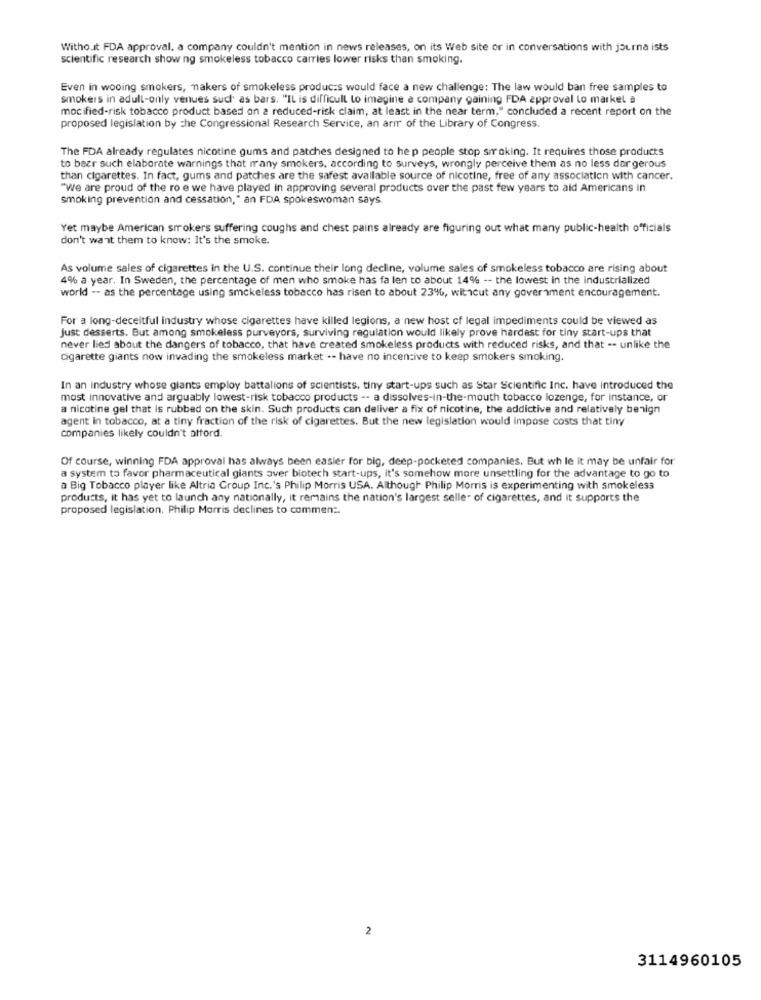
Without FDA approval. a company couldn't mention in news releases, on its Web site or in conversations with journa ists
scientific research show ng smokeless tobacco carries lower risks than smoking.
Even in wooing smokers, makers of smokeless products would face a new challenge: The law would ban free samples to
smokers in adull-only venues such as bars. "IL is difficult to imagine a company gaining FDA approval Lo market a
mocified-risk tobacco product based on a reduced-risk claim, at least in the near term." concluded a recent report on the
proposed legislation by che Congressional Research Service, an arir of the Library of Congress.
The FDA already regulates nicotine gums and patches designed to he p people stop smoking. It requires those products
to beer such elaborate warnings that many smokers, according to surveys, wrongly perceive them as no less dar gerous
than cigarettes. In fact, gums and patches are the safest available source of nicotine, free of any association with cancer.
"We are proud of the ro e we have played in approving several products over the past few years to aid Americans in
smoking prevention and cessation," an FDA spokeswoman says.
Yet maybe American smokers suffering coughs and chest pains already are figuring out what many public-health officials
don't want them to know: It's the smoke.
As volume sales of cigarettes in the U.S. continue their long decline, volume sales of smokeless tobacco are rising about
4% a year. In Sweden, the percentage of men who smoke has fa len to about 14% -- the lowest in the industrialized
world -- as the percentage using smokeless tobacco has risen to about 23%, withcut any government encouragement.
For a long-deceitful industry whose cigarettes have killed legions, a new host of legal impediments could be viewed as
Just desserts. But among smokeless purveyors, surviving regulation would likely prove hardest for tiny start-ups that
never lied about the dangers of tobacco, that have created smokeless products with reduced risks, and that -- unlike the
cigarette giants now invading the smokeless market -- have no incentive to keep smokers smoking.
In an industry whose giants employ battalions of scientists, tiny start-ups such as Star Scientific Inc. have introduced the
most innovative and arguably lowest-risk tobacco products -- a dissolves-in-the-mouth tobacco lozenge, for instance, or
a nicotine gel that is rubbed on the skin. Such products can deliver a fix of nicotine, the addictive and relatively benign
agent In tobacco, at a tiny fraction of the risk of cigarettes. But the new legislation would impose costs that tiny
companies likely couldn't attord.
Of course, winning FDA approval has always been easier for big, deep-pocketed companies. But wh le it may be unfair for
a system to favor pharmaceutical giants over biotech start-ups, it's somehow more unsettling for the advantage to go to
a Big Tobacco player like Altria Group Inc.'s Philip Morris USA. Although Philip Morris is experimenting with smokeless
products, it has yet to launch any nationally, it remains the nation's largest selle- of cigarettes, and it supports the
proposed legislation. Philip Morris declines to commen :.
2
3114960105